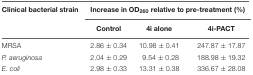
<table><thead><tr><td><b>Clinical bacterial strain</b></td><td colspan="3"><b>Increase in OD<sub>260</sub> relative to pre-treatment (%)</b></td></tr><tr><td></td><td><b>Control</b></td><td><b>4i alone</b></td><td><b>4i-PACT</b></td></tr></thead><tbody><tr><td>MRSA</td><td>2.86 ± 0.34</td><td>10.98 ± 0.41</td><td>247.87 ± 17.87</td></tr><tr><td><i>P. aeruginosa</i></td><td>2.04 ± 0.29</td><td>9.54 ± 0.28</td><td>188.98 ± 19.32</td></tr><tr><td><i>E. coli</i></td><td>2.98 ± 0.33</td><td>13.31 ± 0.38</td><td>336.67 ± 28.08</td></tr></tbody></table>